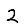
Digit: 2